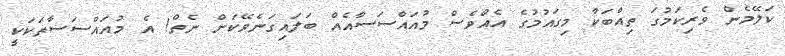
ކަލޭމެން ވެރިކަމުގަ ތިއްބަކާ މިގައުމުގެ އެއްވެސް މުއައްސަސާއެއް ބަލައިގަނެވޭކަށް ނެތް! އެ މުއައްސަސާތަކަކީ